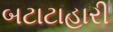
બટાટાહારી